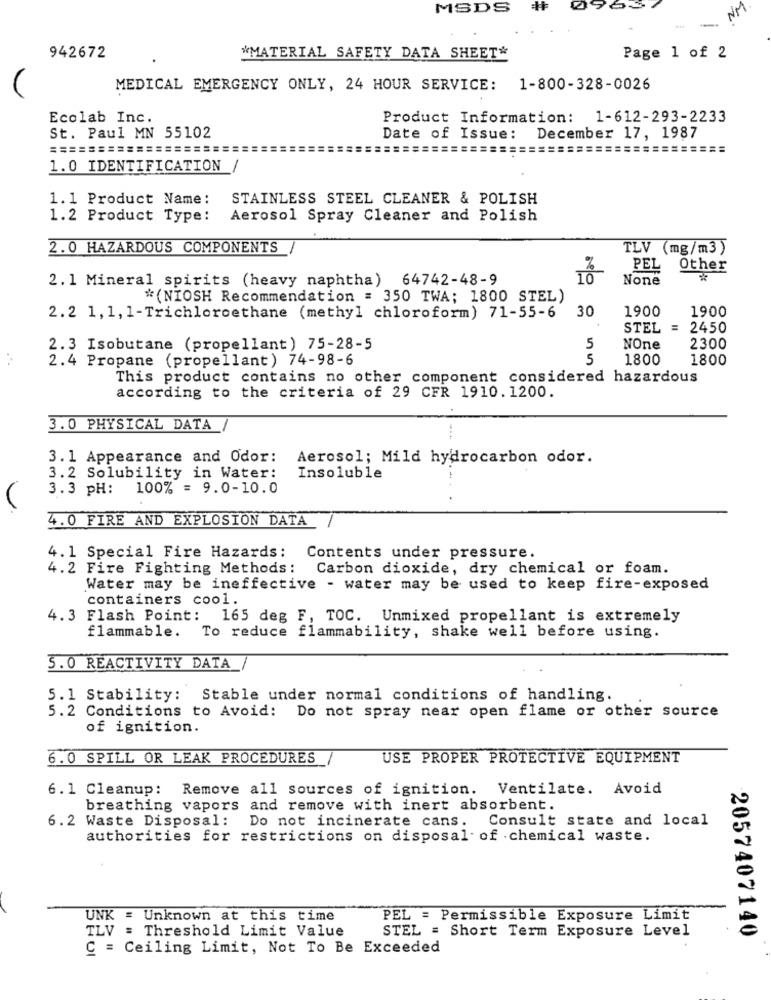
MSDS
NM
942672
*MATERIAL SAFETY DATA SHEET*
Page 1 of 2
MEDICAL EMERGENCY ONLY, 24 HOUR SERVICE: 1-800-328-0026
Ecolab Inc.
Product Information: 1-612-293-2233
St. Paul MN 55102
Date of Issue: December 17, 1987
=================
==
1.0 IDENTIFICATION
1
1.1 Product Name :
STAINLESS STEEL CLEANER & POLISH
1.2 Product Type:
Aerosol Spray Cleaner and Polish
2.0 HAZARDOUS COMPONENTS
TLV (mg/m3)
PEL
Other
2.1 Mineral spirits (heavy naphtha) 64742-48-9
10
* (NIOSH Recommendation = 350 TWA; 1800 STEL)
30
1900
1900
2.2 1,1, 1-Trichloroethane (methyl chloroform) 71-55-6
STEL
2450
2.3 Isobutane (propellant) 75-28-5
5
NOne
2300
2.4 Propane (propellant) 74-98-6
5
1800
1800
This product contains no other component considered hazardous
according to the criteria of 29 CFR 1910.1200.
3.0 PHYSICAL DATA
3.1 Appearance and Odor:
Aerosol; Mild hydrocarbon odor.
3.2 Solubility in Water:
Insoluble
3.3 pH:
100% = 9.0-10.0
4.0 FIRE AND EXPLOSION DATA
4. 1 Special Fire Hazards: Contents under pressure.
4.2 Fire Fighting Methods :
Carbon dioxide, dry chemical or foam.
Water may be ineffective - water may be used to keep fire-exposed
containers cool.
4.3 Flash Point: 165 deg F, TOC. Unmixed propellant is extremely
flammable. To reduce flammability, shake well before using.
3.0 REACTIVITY DATA
5.1 Stability: Stable under normal conditions of handling.
5.2 Conditions to Avoid: Do not spray near open flame or other source
of ignition.
6.0 SPILL OR LEAK PROCEDURES
USE PROPER PROTECTIVE EQUIPMENT
6.1 Cleanup: Remove all sources of ignition. Ventilate. Avoid
breathing vapors
and remove with inert absorbent.
6.2 Waste Disposal:
Do not incinerate cans. Consult state and local
authorities for restrictions on disposal- of chemical waste.
UNK : Unknown at this time
PEL = Permissible Exposure Limit
TLV = Threshold Limit Value
STEL = Short Term Exposure Level
2057407140
C = Ceiling Limit, Not To Be Exceeded